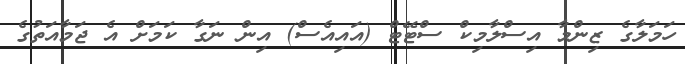
ހަމަލާގެ ޒިންމާ އިސްލާމިކް ސްޓޭޓް (އައިއެސް) އިން ނަގާ ކަމަށް އެ ޖަމާއަތުގެ